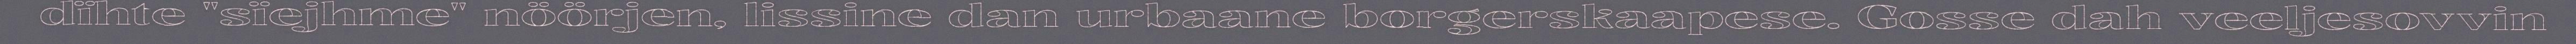
dïhte "sïejhme" nöörjen, lissine dan urbaane borgerskaapese. Gosse dah veeljesovvin